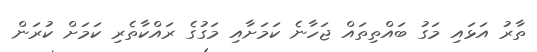
ތާރު އަޅައި މަގު ބައްތިތައް ޖަހާނެ ކަމަށާއި މަގުގެ ރައްކާތެރި ކަމަށް ކުރަން